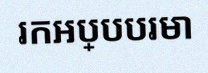
រកអប្បបរមា